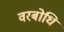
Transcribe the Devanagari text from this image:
वरबोधि